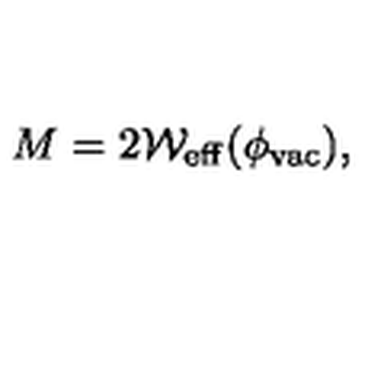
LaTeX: M = 2 { \cal W } _ { \mathrm { e f f } } ( \phi _ { \mathrm { v a c } } ) ,